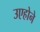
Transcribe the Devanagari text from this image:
उएहोने